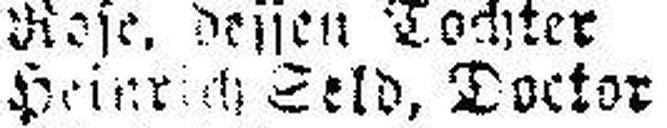
Heinrich Seld, Doctor